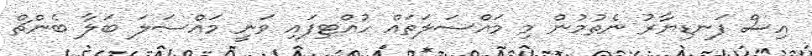
އިސް ފަނޑިޔާރު ނެތުމުން މި މައްސަލަތައް ހުއްޓިފައި ވަނީ މައްސަލަ ބަލާ ބެންޗް